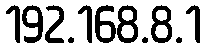
192.168.8.1